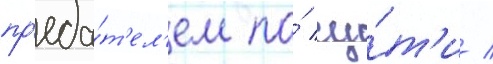
пр'еда́т'ел'ем по́ су́т'и /